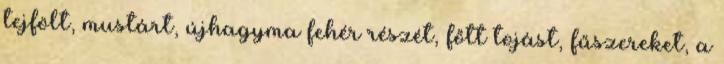
tejfölt, mustárt, újhagyma fehér részét, főtt tojást, fűszereket, a